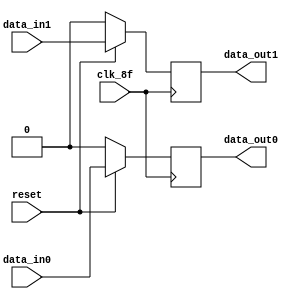
module FlopsEntradaSerieParalelo (
                      input data_in0,
                      input data_in1,
                      input clk_8f,
                      input reset,
                      output reg data_out0,
                      output reg data_out1
                      );

   always @ (posedge clk_8f) begin
      if (!reset) begin
         data_out0 <= 0;
         data_out1 <= 0;
      end else begin
         data_out0 <= data_in0;
         data_out1 <= data_in1;
      end
   end

endmodule